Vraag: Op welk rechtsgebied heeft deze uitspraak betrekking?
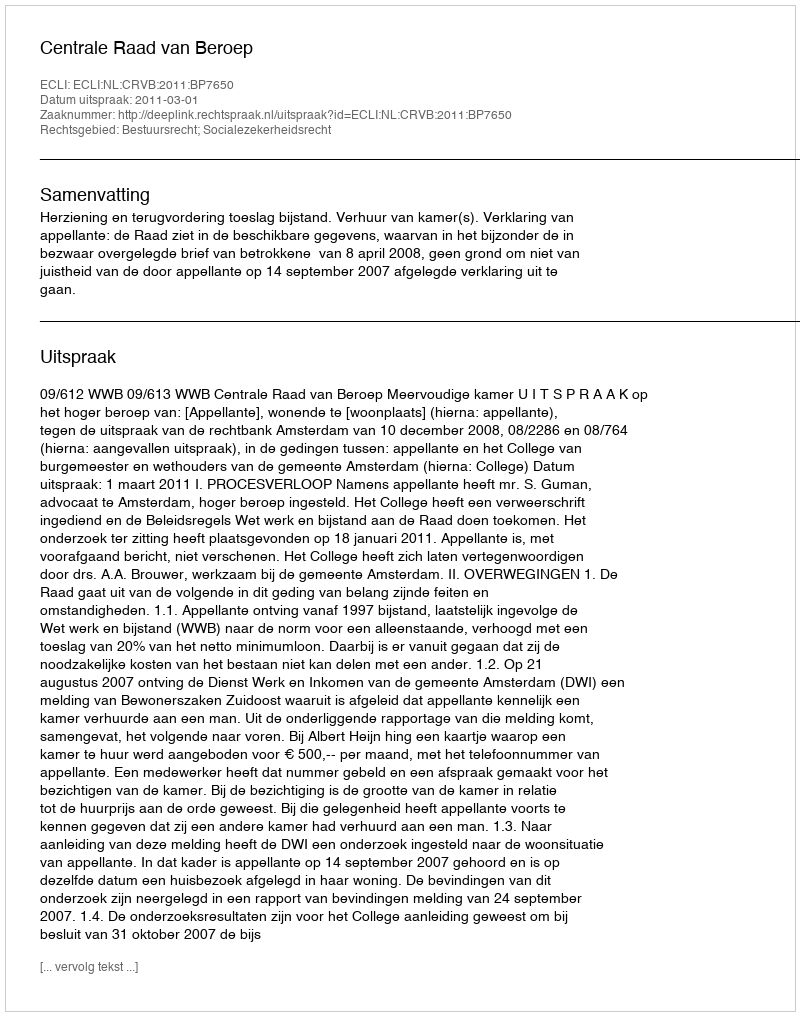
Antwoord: Bestuursrecht; Socialezekerheidsrecht